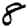
Digit: 8